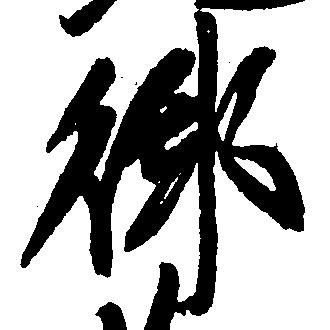
御